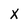
Character: X